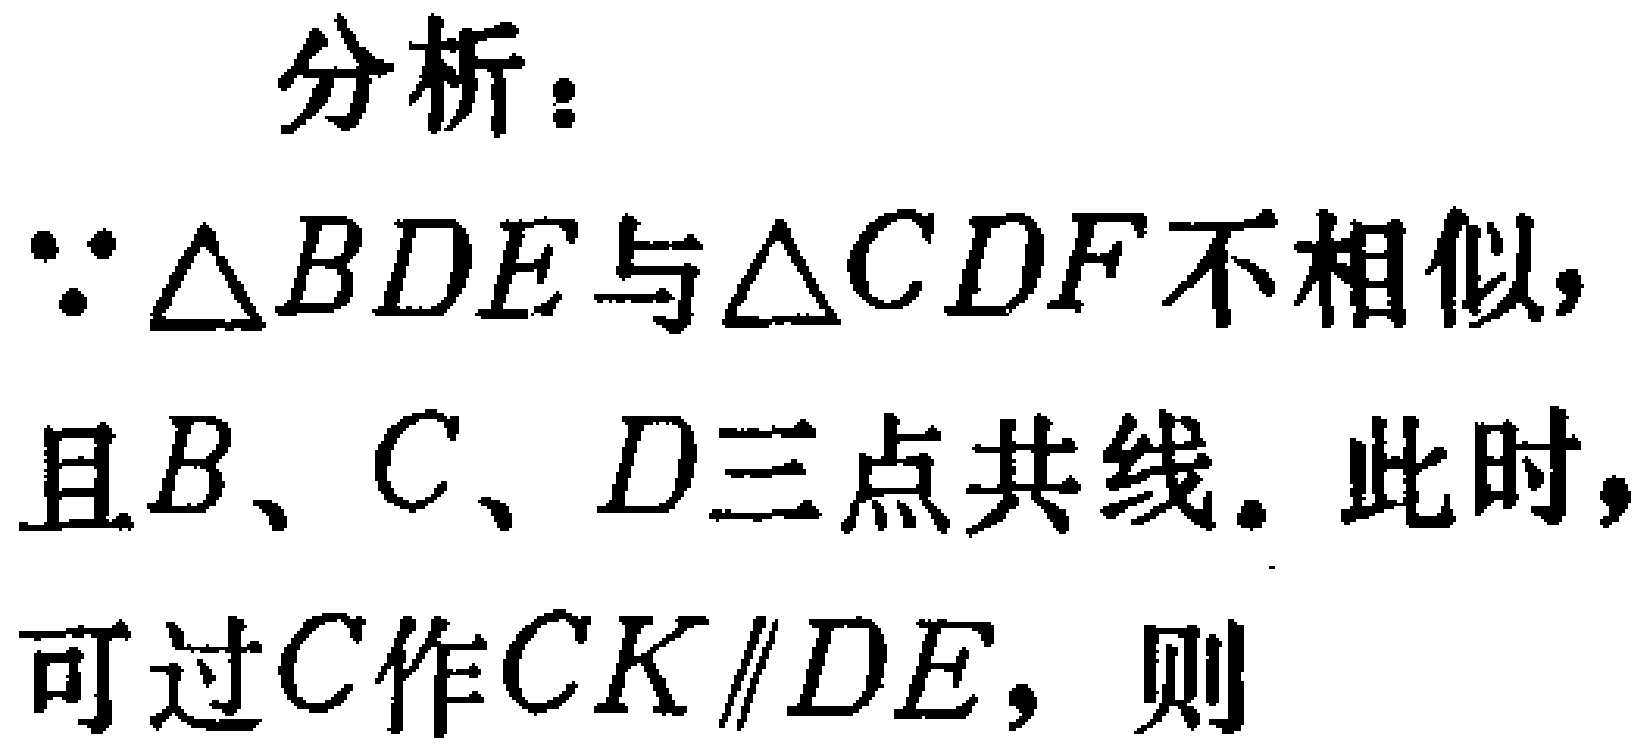
分析：

\(\because \triangle BDE\)与\(\triangle CDF\)不相似，

且\(B、C、D\)三点共线。此时，

可过\(C\)作\(CK\parallel DE\)，则